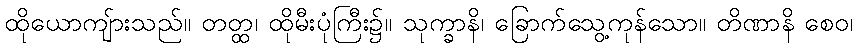
ထိုယောကျ်ားသည်။ တတ္ထ၊ ထိုမီးပုံကြီး၌။ သုက္ခာနိ၊ ခြောက်သွေ့ကုန်သော။ တိဏာနိ စေဝ၊